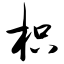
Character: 枳